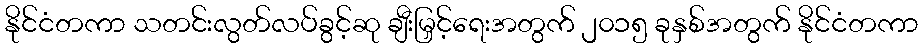
နိုင်ငံတကာ သတင်းလွတ်လပ်ခွင့်ဆု ချီးမြှင့်ရေးအတွက် ၂၀၁၅ ခုနှစ်အတွက် နိုင်ငံတကာ